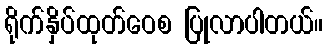
ရိုက်နှိပ်ထုတ်ဝေစ ပြုလာပါတယ်။